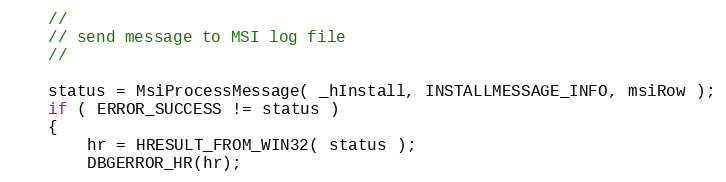
Language: C++
    //
    // send message to MSI log file
    //

    status = MsiProcessMessage( _hInstall, INSTALLMESSAGE_INFO, msiRow );
    if ( ERROR_SUCCESS != status )
    {
        hr = HRESULT_FROM_WIN32( status );
        DBGERROR_HR(hr);